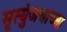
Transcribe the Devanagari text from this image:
मृत्युंजयाच्या